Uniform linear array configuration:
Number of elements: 16
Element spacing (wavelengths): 1
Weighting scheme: hamming
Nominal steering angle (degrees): -45
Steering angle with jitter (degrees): -45.672
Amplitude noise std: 0.05
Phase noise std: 0.05

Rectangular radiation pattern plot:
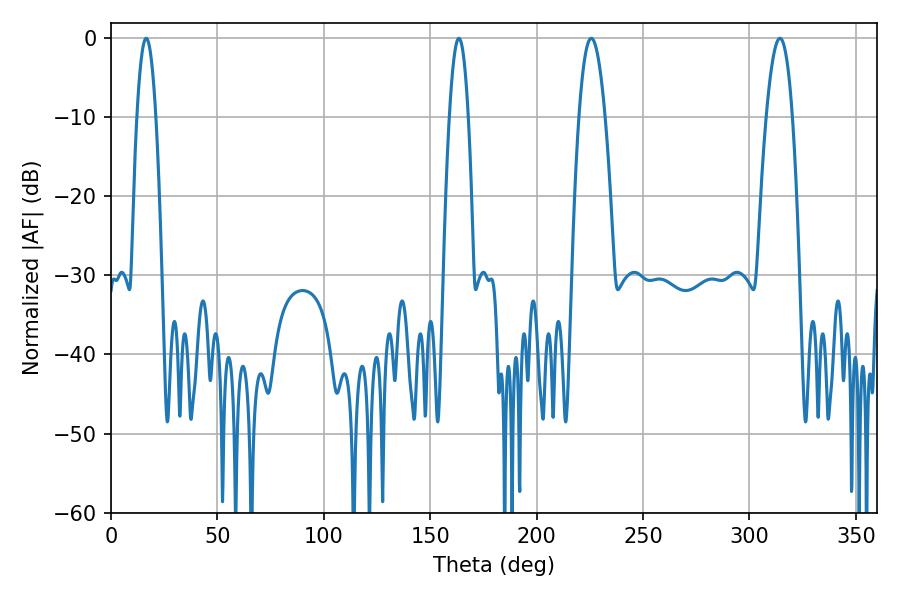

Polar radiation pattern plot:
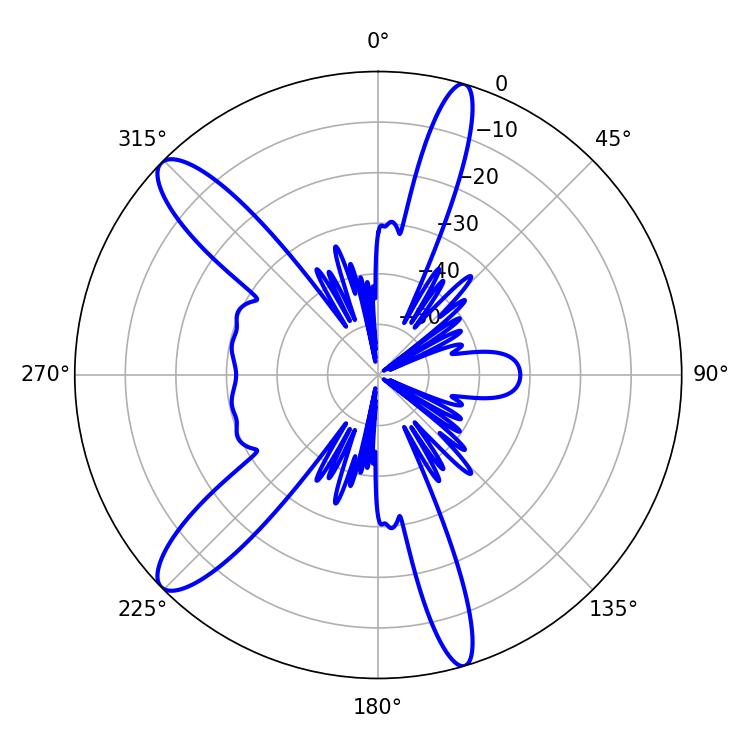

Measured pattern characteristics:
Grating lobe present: TRUE
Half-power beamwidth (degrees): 4.86
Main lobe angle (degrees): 16.56